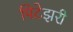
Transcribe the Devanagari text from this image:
पिटेझरी